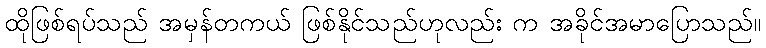
ထိုဖြစ်ရပ်သည် အမှန်တကယ် ဖြစ်နိုင်သည်ဟုလည်း က အခိုင်အမာပြောသည်။